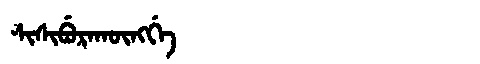
Manchu: ᠰᡳᠰᡳᠪᡠᡵᠠᡴᡡᠩᡤᡝ
Romanization: SISIBURAKŪNGGE